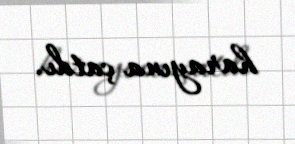
harayına çatdı.